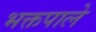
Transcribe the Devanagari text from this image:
भक्तपाले